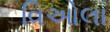
વિઓલા